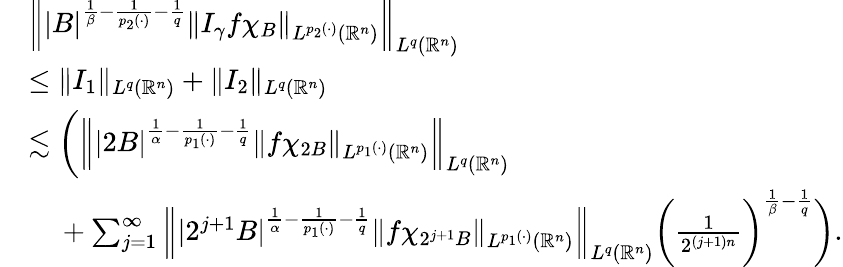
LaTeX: \begin{array}{rl}&{\left\| |B|^{\frac{1}{\beta}-\frac{1}{p_{2}(\cdot)}-\frac{1}{q}}\| I_{\gamma}f\chi_{B}\| _{L^{p_{2}(\cdot)}(\mathbb{R}^{n})}\right\| _{L^{q}(\mathbb{R}^{n})}}\\ &{\leq\| I_{1}\| _{L^{q}(\mathbb{R}^{n})}+\| I_{2}\| _{L^{q}(\mathbb{R}^{n})}}\\ &{\lesssim\bigg(\left\| |2B|^{\frac{1}{\alpha}-\frac{1}{p_{1}(\cdot)}-\frac{1}{q}}\| f\chi_{2B}\| _{L^{p_{1}(\cdot)}(\mathbb{R}^{n})}\right\| _{L^{q}(\mathbb{R}^{n})}}\\ &{~~~~+\sum_{j=1}^{\infty}\left\| |2^{j+1}B|^{\frac{1}{\alpha}-\frac{1}{p_{1}(\cdot)}-\frac{1}{q}}\| f\chi_{2^{j+1}B}\| _{L^{p_{1}(\cdot)}(\mathbb{R}^{n})}\right\| _{L^{q}(\mathbb{R}^{n})}\bigg(\frac{1}{2^{(j+1)n}}\bigg)^{\frac{1}{\beta}-\frac{1}{q}}\bigg).}\end{array}